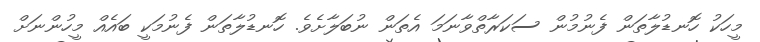
މީހަކު ހޮނޑުލާތަން ފެނުމުން ސަކަރާތްވާނަމަ އެތަން ނުބަލާށެވެ. ހޮނޑުލާތަން ފެނުމަކީ ބައެއް މީހުންނަށް